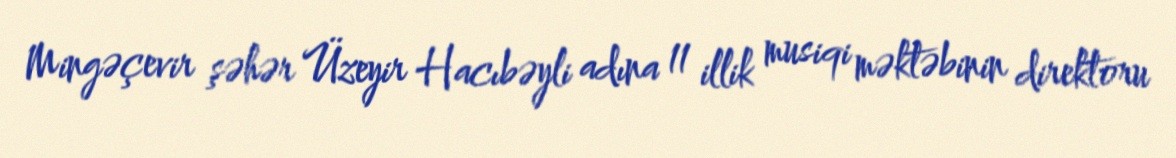
Mingəçevir şəhər Üzeyir Hacıbəyli adına 11 illik musiqi məktəbinin direktoru